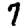
Digit: 7